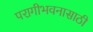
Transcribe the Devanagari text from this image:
परागीभवनासाठी